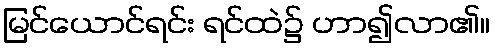
မြင်ယောင်ရင်း ရင်ထဲ၌ ဟာ၍လာ၏။